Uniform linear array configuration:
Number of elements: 4
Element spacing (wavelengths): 0.25
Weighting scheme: cosine
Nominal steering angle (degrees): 30
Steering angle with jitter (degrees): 31.506
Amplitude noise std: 0.05
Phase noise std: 0.05

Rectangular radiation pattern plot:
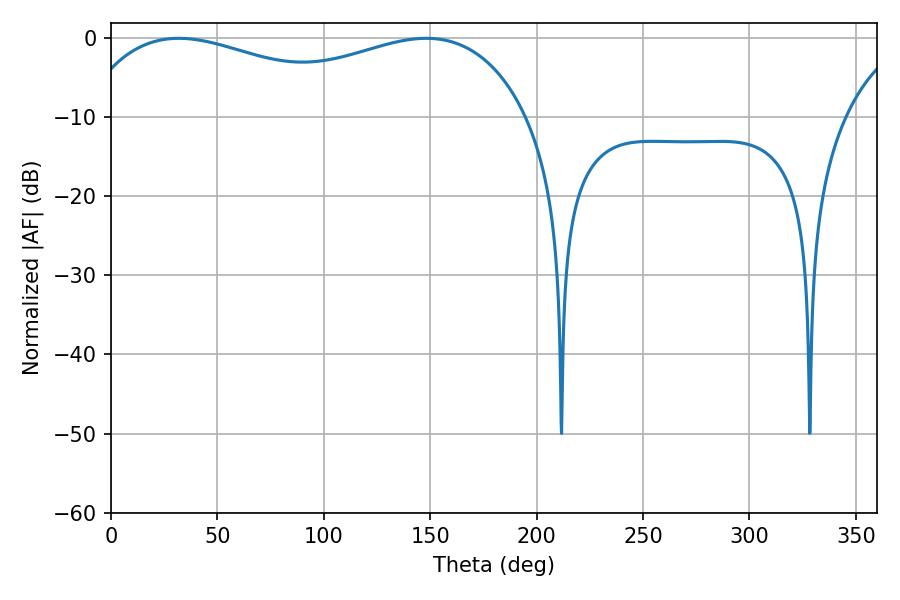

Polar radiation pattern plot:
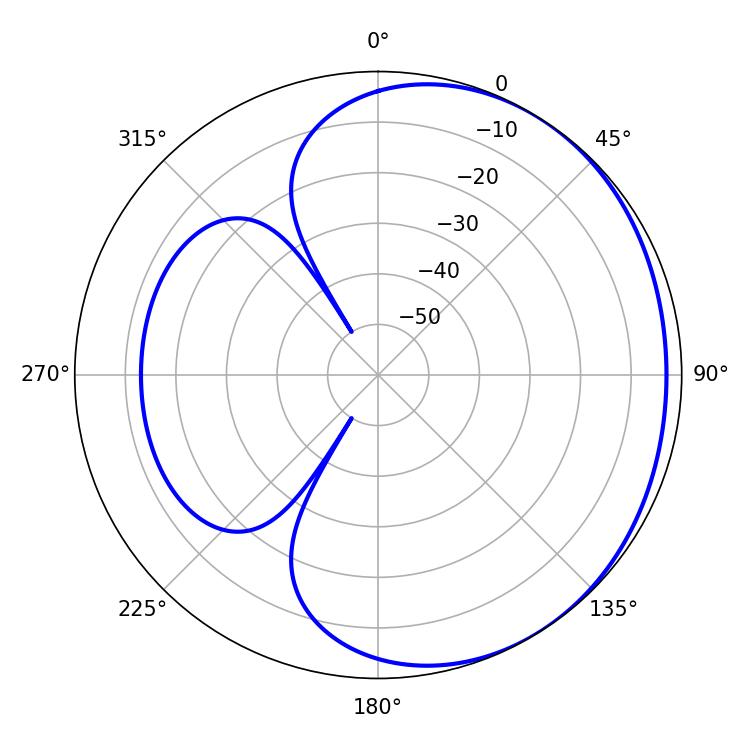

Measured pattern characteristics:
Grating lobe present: FALSE
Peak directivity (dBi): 1.671
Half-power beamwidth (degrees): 85.68
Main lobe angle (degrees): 31.86